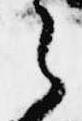
之